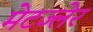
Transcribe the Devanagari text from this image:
मेटज्लेर